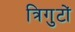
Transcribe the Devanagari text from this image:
त्रिगुटों